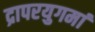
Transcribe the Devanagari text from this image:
द्रापरयुगमां